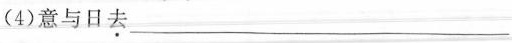
(4)意与日\underline{去}___